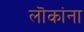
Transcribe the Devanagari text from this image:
लॊकांना